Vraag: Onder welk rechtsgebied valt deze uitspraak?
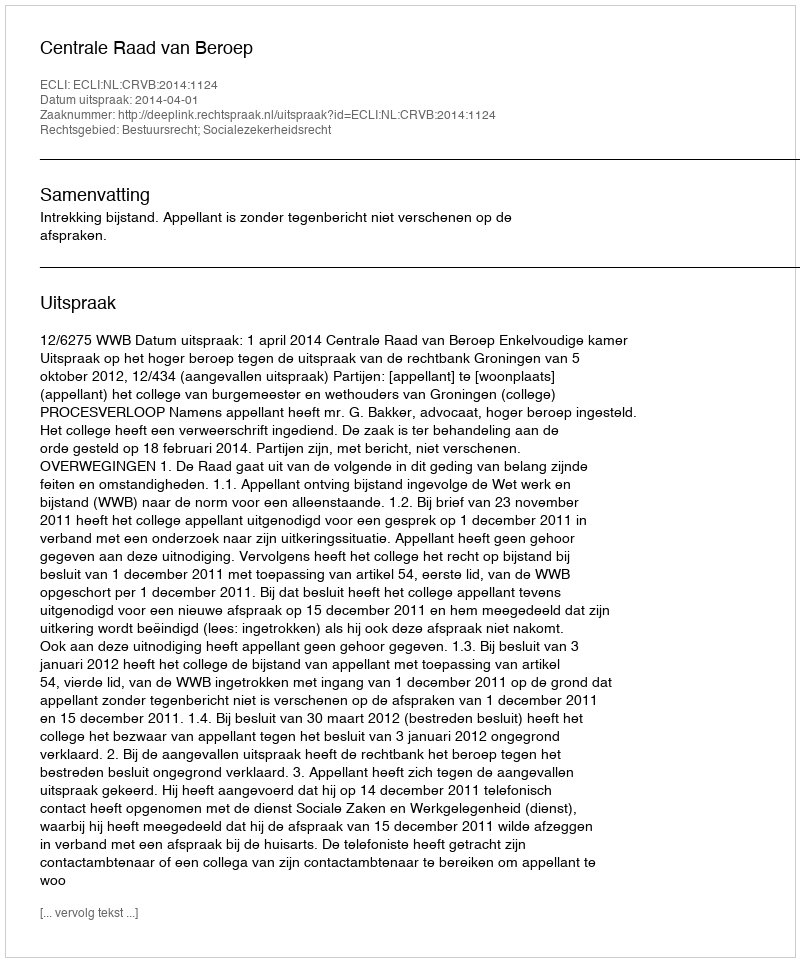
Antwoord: Bestuursrecht; Socialezekerheidsrecht